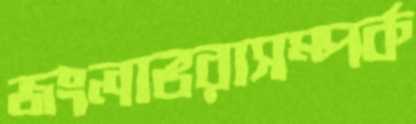
জংলাভরাসম্পর্ক